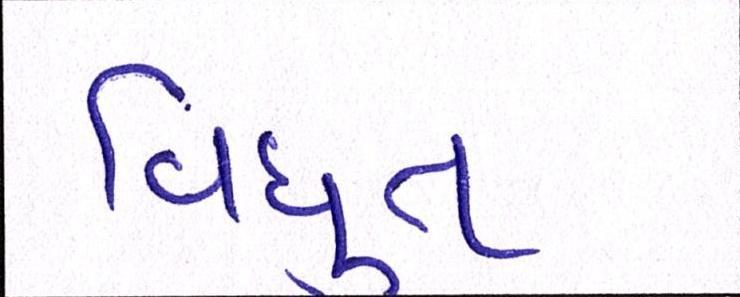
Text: વિધુત